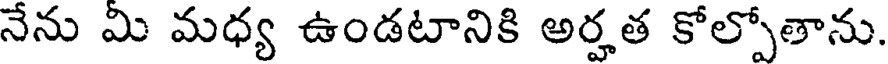
నేను మి మధ్య ఉండటానికి అర్హత కోల్పోతాను.